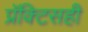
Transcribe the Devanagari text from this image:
प्रॅक्टिसही